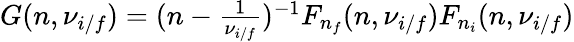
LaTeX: \begin{array}{r}{G(n,\nu_{i/f})=(n-\frac{1}{\nu_{i/f}})^{-1}F_{n_{f}}(n,\nu_{i/f})F_{n_{i}}(n,\nu_{i/f})}\end{array}